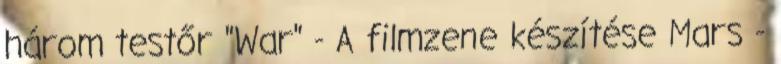
három testőr "War" - A filmzene készítése Mars -